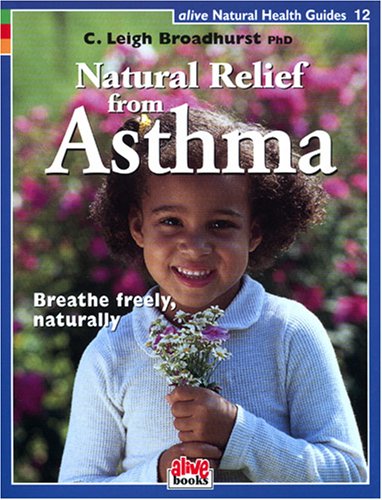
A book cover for Natural Relief from Asthma (Natural Health Guide); C. Leigh Broadhurst; Health, Fitness & Dieting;